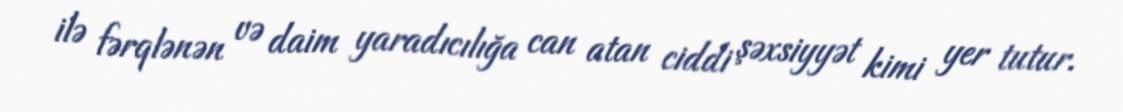
ilə fərqlənən və daim yaradıcılığa can atan ciddi şəxsiyyət kimi yer tutur.